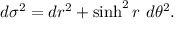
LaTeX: d \sigma ^ { 2 } = d r ^ { 2 } + \sinh ^ { 2 } r \ d \theta ^ { 2 } .